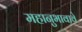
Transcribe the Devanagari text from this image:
महानुभावावे